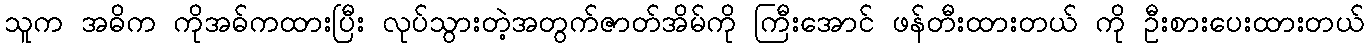
သူက အဓိက ကိုအဓ်ကထားပြီး လုပ်သွားတဲ့အတွက်ဇာတ်အိမ်ကို ကြီးအောင် ဖန်တီးထားတယ် ကို ဦးစားပေးထားတယ်